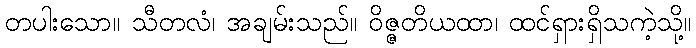
တပါးသော။ သီတလံ၊ အချမ်းသည်။ ဝိဇ္ဇတိယထာ၊ ထင်ရှားရှိသကဲ့သို့။